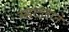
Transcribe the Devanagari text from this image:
म्हटलाने